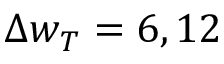
\Delta w _ { T } = 6 , 1 2